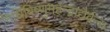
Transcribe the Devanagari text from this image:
विधिविष्णुमहेन्द्राद्यैर्वन्द्यः